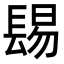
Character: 𨲎